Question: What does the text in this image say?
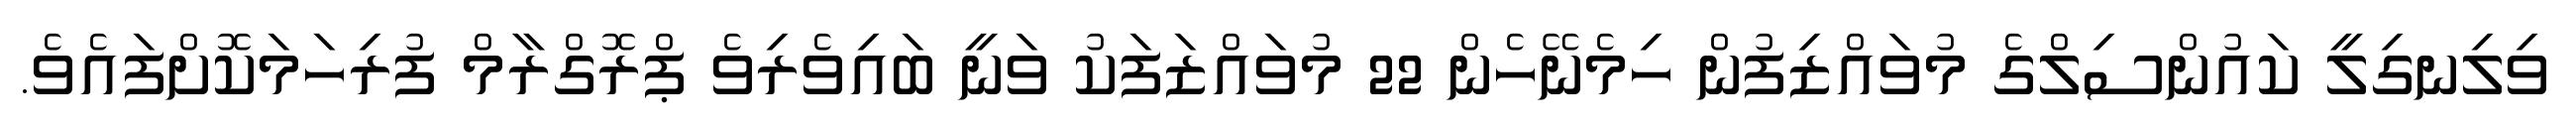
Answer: ވިލިނގިލީ ކައުންސިލްގެ މުވައްޒިފުން ހިމެނޭހެން 22 މުވައްޒަފަކު ވަނީ ބައިވެރިވެ ޕްރޮގްރާމް ފުރިހަމަކޮށްފައެވެ.